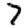
Digit: 7